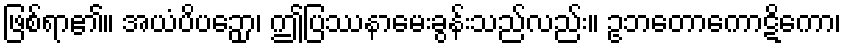
ဖြစ်ရာ၏။ အယံပိပဉှော၊ ဤပြဿနာမေးခွန်းသည်လည်း။ ဥဘတောကောဋိကော၊